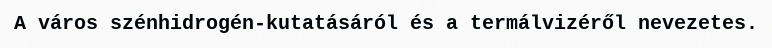
A város szénhidrogén-kutatásáról és a termálvizéről nevezetes.